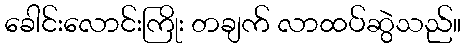
ခေါင်းလောင်းကြိုး တချက် လာထပ်ဆွဲသည်။